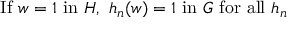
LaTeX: { \mathrm { I f } } \ w = 1 \ { \mathrm { i n } } \ H , \ h _ { n } ( w ) = 1 \ { \mathrm { i n } } \ G \ { \mathrm { f o r ~ a l l } } \ h _ { n }